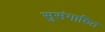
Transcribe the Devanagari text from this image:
सुसंगाठित